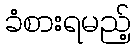
ခံစားရမည့်